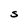
Character: S